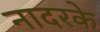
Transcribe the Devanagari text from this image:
नादरके